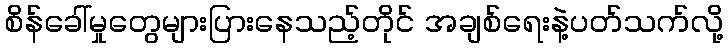
စိန်ခေါ်မှုတွေများပြားနေသည့်တိုင် အချစ်ရေးနဲ့ပတ်သက်လို့